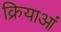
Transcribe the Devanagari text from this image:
क्रियाआं